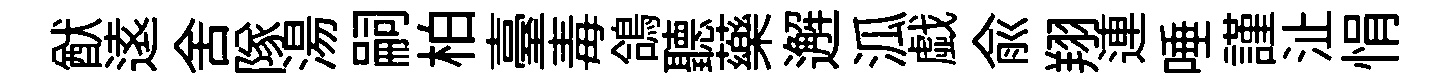
猷逺舍隊湯嗣柏臺毒鴿聽藥邂泒戯兪翔連唾謹沚悁